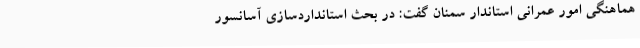
هماهنگی امور عمرانی استاندار سمنان گفت: در بحث استانداردسازی آسانسور